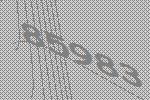
85983